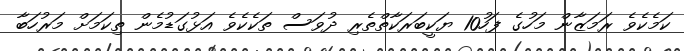
ކަމެކެވެ ރަމަޒާން މަހުގެ ފަހު10 ޔަކީބަރަކާތްތެރި ދުވަސް ތަކެކެވެ އަޅުގަޑުމެން ތިކަމަށް މަރުހަބާ